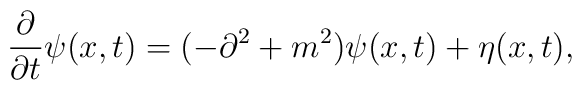
{ \partial \over \partial t}  \psi (x,t) =(- \partial^2 + m^2) \psi (x,t) + \eta (x,t) ,